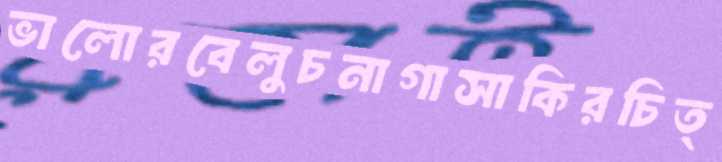
ভালোরবেলুচনাগাসাকিরচিত্